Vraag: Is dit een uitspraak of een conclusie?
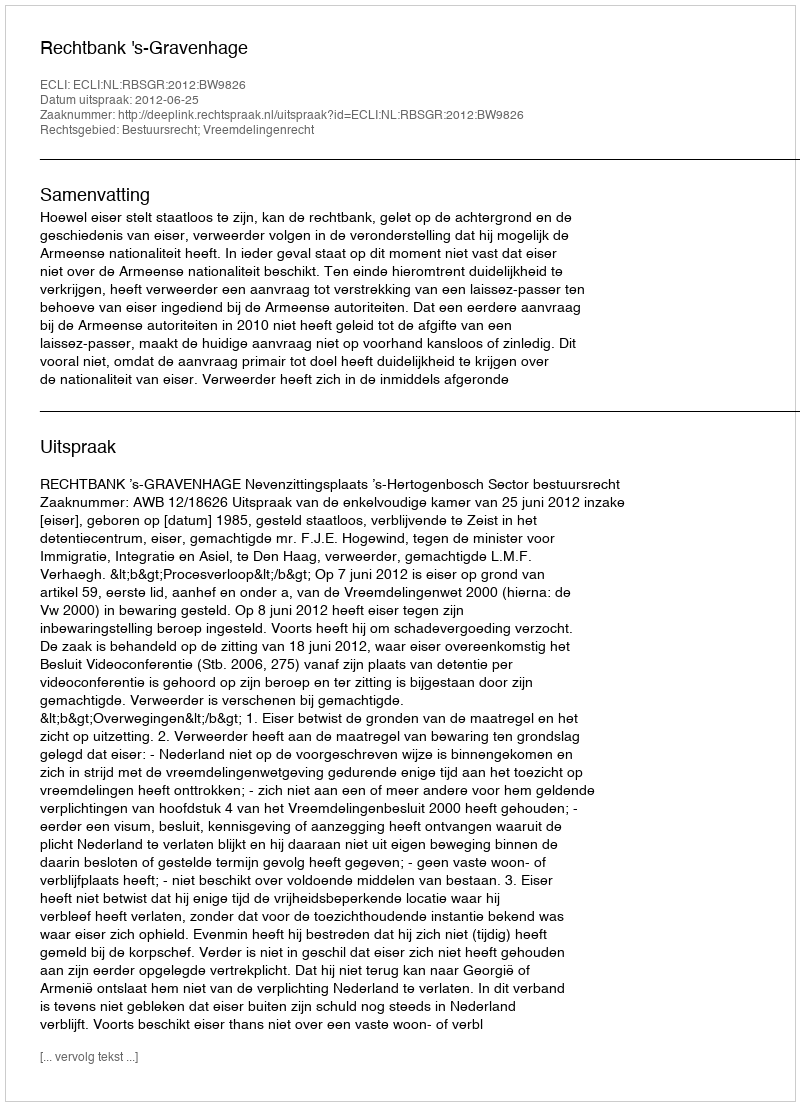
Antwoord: Uitspraak